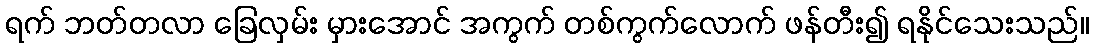
ရက် ဘတ်တလာ ခြေလှမ်း မှားအောင် အကွက် တစ်ကွက်လောက် ဖန်တီး၍ ရနိုင်သေးသည်။